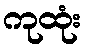
ကုထုံး